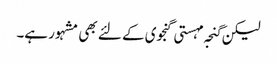
لیکن گنجہ مہستی گنجوی کے لئے بھی مشہور ہے۔